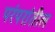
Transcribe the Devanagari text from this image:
परंपरांतील